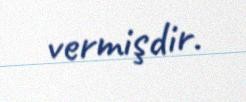
vermişdir.